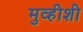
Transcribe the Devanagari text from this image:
मुव्हीशी